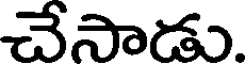
చేసాడు.